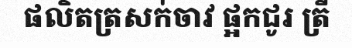
ផលិតត្រសក់ចាវ ផ្អកជូរ ត្រី